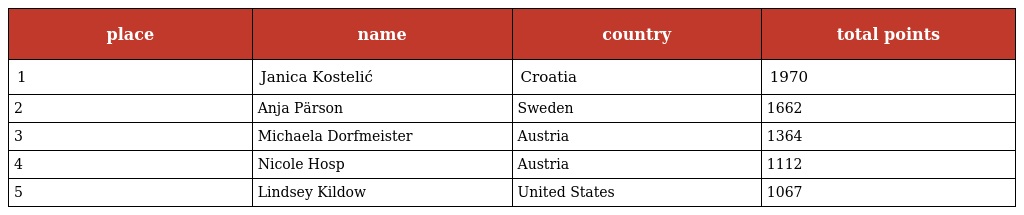
| place | name | country | total points |
 | --- | --- | --- | --- |
 | 1 | Janica Kostelić | Croatia | 1970 |
 | 2 | Anja Pärson | Sweden | 1662 |
 | 3 | Michaela Dorfmeister | Austria | 1364 |
 | 4 | Nicole Hosp | Austria | 1112 |
 | 5 | Lindsey Kildow | United States | 1067 |